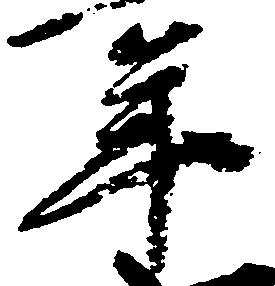
年